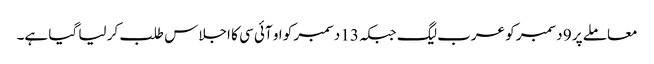
معاملے پر 9 دسمبر کو عرب لیگ جبکہ 13 دسمبر کو او آئی سی کا اجلاس طلب کر لیا گیا ہے۔